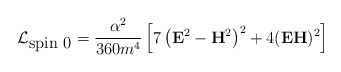
\begin{align*}\mathcal{L}_{\mbox{spin 0}}=\frac{\alpha ^2}{360m^4}\left[ 7\left(\mathbf{E} ^2-\mathbf{H}^2\right) ^2+4(\mathbf{EH})^2\right]\end{align*}